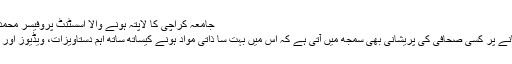
جامعہ کراچی کا لاپتہ ہونے والا اسسٹنٹ پروفیسر محمد اسماعیل واپس گھر پہنچ گیا
واٹس ایپ اکاﺅنٹ ہیک ہو جانے پر کسی صحافی کی پریشانی بھی سمجھ میں آتی ہے کہ اس میں بہت سا ذاتی مواد ہونے کیساتھ ساتھ اہم دستاویزات، ویڈیوز اور تصاویر بھی موجود ہوں گی۔